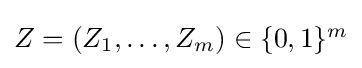
{\textstyle Z=(Z_{1},\ldots ,Z_{m})\in \{0,1\}^{m}}